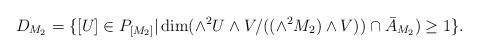
LaTeX: \begin{align*}D_{M_2}=\{[U]\in P_{[M_2]} | \dim (\wedge^2U\wedge V/((\wedge^2 M_2) \wedge V))\cap \bar{A}_{M_2})\geq 1\} .\end{align*}